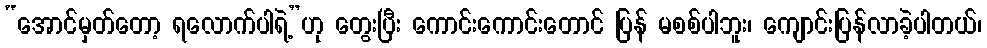
“အောင်မှတ်တော့ ရလောက်ပါရဲ့”ဟု တွေးပြီး ကောင်းကောင်းတောင် ပြန် မစစ်ပါဘူး၊ ကျောင်းပြန်လာခဲ့ပါတယ်၊